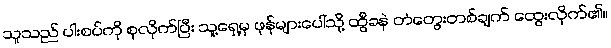
သူသည် ပါးစပ်ကို စုလိုက်ပြီး သူ့ရှေ့မှ ဖုန်များပေါ်သို့ ထွီခနဲ တံတွေးတစ်ချက် ထွေးလိုက်၏။